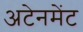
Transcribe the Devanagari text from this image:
अटेनमेंट